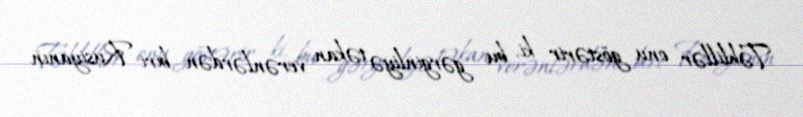
Təhlillər onu göstərir ki, bu gərginliyə təkan verənlərdən biri Rusiyanın